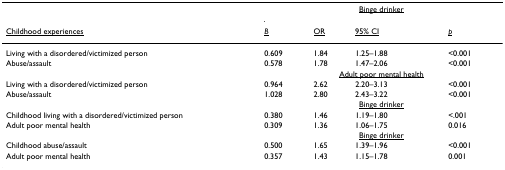
<table><thead><tr><td></td><td colspan="4"><b><underline>Binge drinker</underline></b></td></tr><tr><td><b><underline>Childhood experiences</underline></b></td><td><b><underline><i>B</i></underline></b></td><td><b><underline>OR</underline></b></td><td><b><underline>95% CI</underline></b></td><td><b><underline><i>p</i></underline></b></td></tr></thead><tbody><tr><td>Living with a disordered/victimized person</td><td>0.609</td><td>1.84</td><td>1.25–1.88</td><td>&lt;0.001</td></tr><tr><td>Abuse/assault</td><td>0.578</td><td>1.78</td><td>1.47–2.06</td><td>&lt;0.001</td></tr><tr><td></td><td colspan="4"><underline>Adult poor mental health</underline></td></tr><tr><td>Living with a disordered/victimized person</td><td>0.964</td><td>2.62</td><td>2.20–3.13</td><td>&lt;0.001</td></tr><tr><td>Abuse/assault</td><td>1.028</td><td>2.80</td><td>2.43–3.22</td><td>&lt;0.001</td></tr><tr><td></td><td colspan="4"><underline>Binge drinker</underline></td></tr><tr><td>Childhood living with a disordered/victimized person</td><td>0.380</td><td>1.46</td><td>1.19–1.80</td><td>&lt;.001</td></tr><tr><td>Adult poor mental health</td><td>0.309</td><td>1.36</td><td>1.06–1.75</td><td>0.016</td></tr><tr><td></td><td colspan="4"><underline>Binge drinker</underline></td></tr><tr><td>Childhood abuse/assault</td><td>0.500</td><td>1.65</td><td>1.39–1.96</td><td>&lt;0.001</td></tr><tr><td>Adult poor mental health</td><td>0.357</td><td>1.43</td><td>1.15–1.78</td><td>0.001</td></tr></tbody></table>